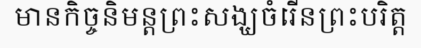
មានកិច្ចនិមន្តព្រះសង្ឃចំរើនព្រះបរិត្ត